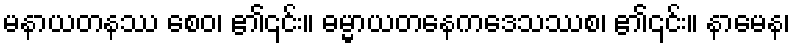
မနာယတနဿ စေဝ၊ ၏၎င်း။ ဓမ္မာယတနေကဒေသဿစ၊ ၏၎င်း။ နာမေန၊